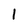
Character: 1